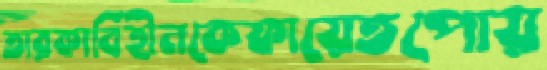
তারকাবিহীনকেফায়েতপোয়